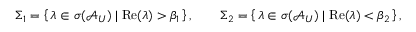
\Sigma _ { 1 } = \left\{ \, \lambda \in \sigma ( \mathcal { A } _ { U } ) \; \vert \; \mathrm { R e } ( \lambda ) > \beta _ { 1 } \, \right\} , \qquad \Sigma _ { 2 } = \left\{ \, \lambda \in \sigma ( \mathcal { A } _ { U } ) \; \vert \; \mathrm { R e } ( \lambda ) < \beta _ { 2 } \, \right\} ,